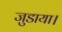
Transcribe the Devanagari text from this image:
जुडाया।